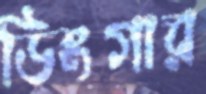
ডিংগার